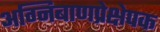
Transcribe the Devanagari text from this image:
अग्निबाणप्रेक्षेपक